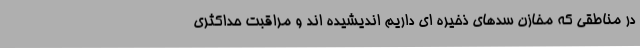
در مناطقی که مخازن سدهای ذخیره ای داریم اندیشیده اند و مراقبت حداکثری